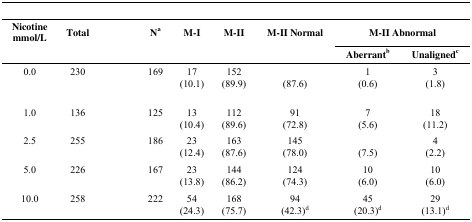
<table><thead><tr><td colspan="9">[EMPTY_CELL]</td></tr></thead><tbody><tr><td><b>Nicotine Mmol/L</b></td><td><b>Total</b></td><td>[EMPTY_CELL]</td><td><b>N</b><sup>a</sup></td><td><b>M-I</b></td><td><b>M-II</b></td><td><b>M-II Normal</b></td><td colspan="2"><b>M-II Abnormal</b></td></tr><tr><td>[EMPTY_CELL]</td><td>[EMPTY_CELL]</td><td>[EMPTY_CELL]</td><td>[EMPTY_CELL]</td><td>[EMPTY_CELL]</td><td>[EMPTY_CELL]</td><td>[EMPTY_CELL]</td><td><b>Aberrant</b><sup>b</sup></td><td><b>Unaligned</b><sup>c</sup></td></tr><tr><td>0.0</td><td>230</td><td>[EMPTY_CELL]</td><td>169</td><td>17</td><td>152</td><td>[EMPTY_CELL]</td><td>1</td><td>3</td></tr><tr><td>[EMPTY_CELL]</td><td>[EMPTY_CELL]</td><td>[EMPTY_CELL]</td><td>[EMPTY_CELL]</td><td>(10.1)</td><td>(89.9)</td><td>(87.6)</td><td>(0.6)</td><td>(1.8)</td></tr><tr><td>1.0</td><td>136</td><td>[EMPTY_CELL]</td><td>125</td><td>13</td><td>112</td><td>91</td><td>7</td><td>18</td></tr><tr><td>[EMPTY_CELL]</td><td>[EMPTY_CELL]</td><td>[EMPTY_CELL]</td><td>[EMPTY_CELL]</td><td>(10.4)</td><td>(89.6)</td><td>(72.8)</td><td>(5.6)</td><td>(11.2)</td></tr><tr><td>2.5</td><td>255</td><td>[EMPTY_CELL]</td><td>186</td><td>23</td><td>163</td><td>145</td><td>[EMPTY_CELL]</td><td>4</td></tr><tr><td>[EMPTY_CELL]</td><td>[EMPTY_CELL]</td><td>[EMPTY_CELL]</td><td>[EMPTY_CELL]</td><td>(12.4)</td><td>(87.6)</td><td>(78.0)</td><td>(7.5)</td><td>(2.2)</td></tr><tr><td>5.0</td><td>226</td><td>[EMPTY_CELL]</td><td>167</td><td>23</td><td>144</td><td>124</td><td>10</td><td>10</td></tr><tr><td>[EMPTY_CELL]</td><td>[EMPTY_CELL]</td><td>[EMPTY_CELL]</td><td>[EMPTY_CELL]</td><td>(13.8)</td><td>(86.2)</td><td>(74.3)</td><td>(6.0)</td><td>(6.0)</td></tr><tr><td>10.0</td><td>258</td><td>[EMPTY_CELL]</td><td>222</td><td>54</td><td>168</td><td>94</td><td>45</td><td>29</td></tr><tr><td>[EMPTY_CELL]</td><td>[EMPTY_CELL]</td><td>[EMPTY_CELL]</td><td>[EMPTY_CELL]</td><td>(24.3)</td><td>(75.7)</td><td>(42.3)<sup>d</sup></td><td>(20.3)<sup>d</sup></td><td>(13.1)<sup>d</sup></td></tr></tbody></table>